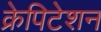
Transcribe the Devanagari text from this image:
क्रेपिटेशन